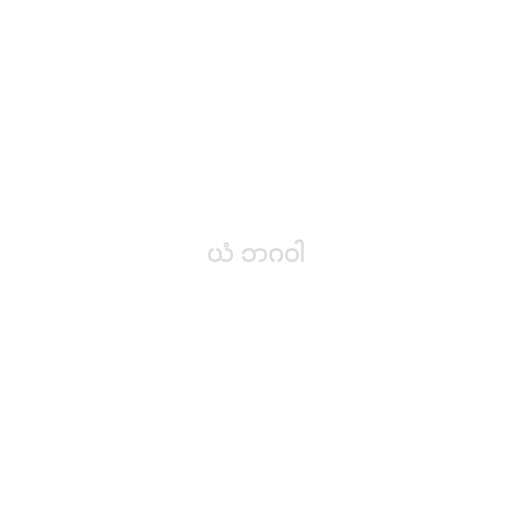
ယံ ဘဂဝါ